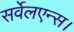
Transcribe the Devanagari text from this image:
सर्वेलएन्स।